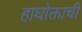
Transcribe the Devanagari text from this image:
हाघोक्ताची